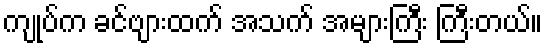
ကျုပ်က ခင်ဗျားထက် အသက် အများကြီး ကြီးတယ်။